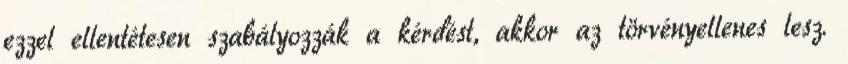
ezzel ellentétesen szabályozzák a kérdést, akkor az törvényellenes lesz.